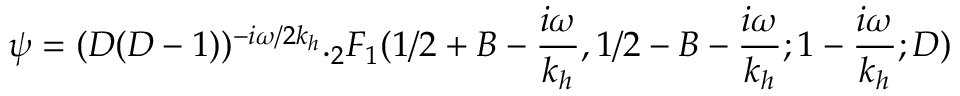
\psi = ( D ( D - 1 ) ) ^ { - i \omega / 2 k _ { h } } . _ { 2 } F _ { 1 } ( 1 / 2 + B - \frac { i \omega } { k _ { h } } , 1 / 2 - B - \frac { i \omega } { k _ { h } } ; 1 - \frac { i \omega } { k _ { h } } ; D )